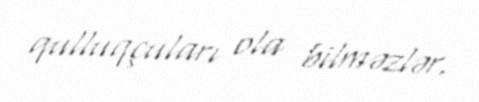
qulluqçuları ola bilməzlər.